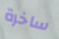
ساخرة